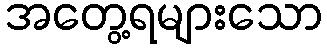
အတွေ့ရများသော